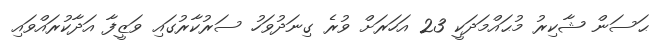
ޙަސަން ޝާކިރު މުޙައްމަދަކީ 23 އަހަރަށް ވުރެ ގިނަދުވަހު ސަރުކާރުގައި ވަޒީފާ އަދާކުރައްވައި